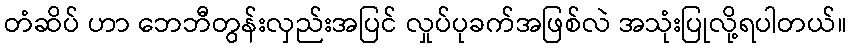
တံဆိပ် ဟာ ဘေဘီတွန်းလှည်းအပြင် လှုပ်ပုခက်အဖြစ်လဲ အသုံးပြုလို့ရပါတယ်။